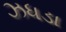
ઝધડા